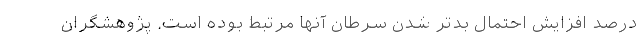
درصد افزایش احتمال بدتر شدن سرطان آنها مرتبط بوده است. پژوهشگران